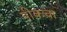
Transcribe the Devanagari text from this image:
पीकचा